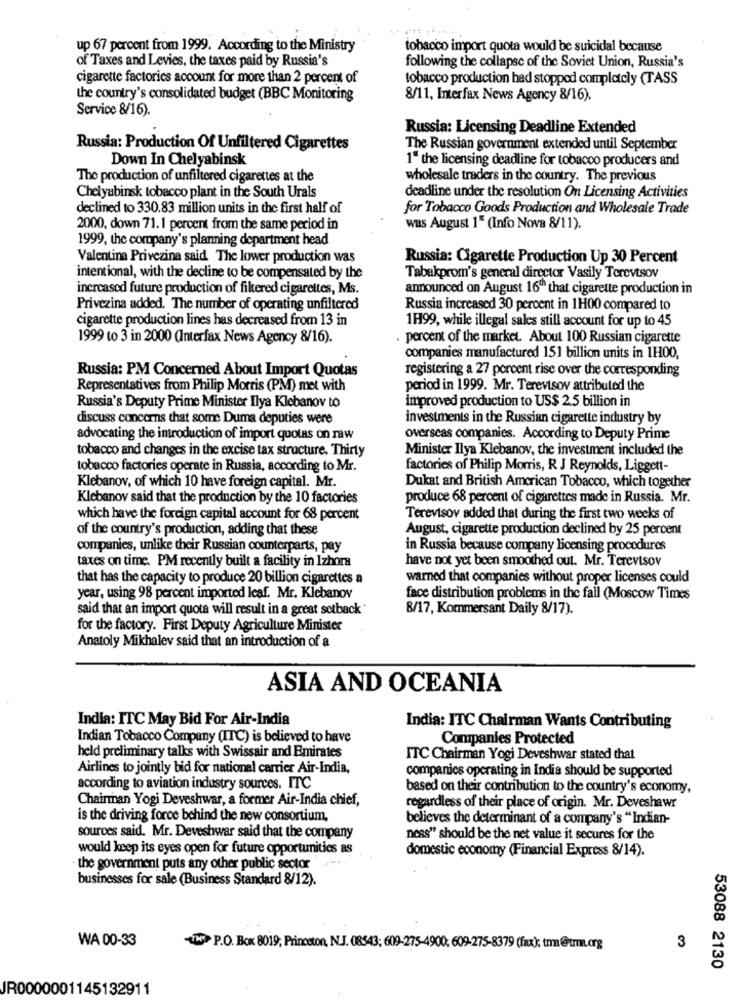
up 67 percent from 1999. According to the Ministry
tobacco import quota would be suicidal because
of Taxes and Levies, the taxes paid by Russia's
following the collapse of the Soviet Union, Russia's
cigarette factories account for more than 2 percent of
tobacco production bad stopped completely (TASS
the country's consolidated budget (BBC Monitoring
8/11, Interfax News Agency 8/16).
Service 8/16).
Russia: Licensing Deadline Extended
Russia: Production Of Unfiltered Cigarettes
The Russian government extended until September
Down In Chelyabinsk
1" the licensing deadline for tobacco producers and
The production of unfiltered cigarettes at the
wholesale traders in the country. The previous
Chelyabinsk tobacco plant in the South Urals
deadline under the resolution On Licensing Activities
declined to 330.83 million units in the first half of
for Tobacco Goods Production and Wholesale Trade
2000, down 71.1 percent from the same period in
was August 1" (Info Nova 8/11).
1999, the company's planning department head
Valentina Privezina said The lower production was
Russia: Cigarette Production Up 30 Percent
intentional, with the decline to be compensated by the
Tabakprom's general directx Vasily Terevtsov
increased future production of filtered cigarettes, Ms.
announced on August 16" that cigarette production in
Privezina added. The number of operating unfiltered
Russia increased 30 percent in 1H00 compared to
cigarette production lines has decreased from 13 in
1H99, while illegal sales still account for up to 45
1999 to 3 in 2000 (Interfax News Agency 8/16).
. percent of the market. About 100 Russian cigarette
companies manufactured 151 billion units in 1H00,
Russia: PM Concerned About Import Quotas
registering a 27 porcent rise over the corresponding
Representatives from Philip Morris (PM) met with
period in 1999. Mr. Terevtsov attributed the
Russia's Deputy Prime Minister Ilya Klebanov to
improved production to US$ 2.5 billion in
discuss concerns that some Duma deputies were
investments in the Russian cigarette industry by
advocating the introduction of import quotas on raw
overseas companies. According to Deputy Prime
tobacco and changes in the excise tax structure. Thirty
Minister Ilya Klebanov, the investment included the
tobacco factories operate in Russia, according to Mr.
factories of Philip Morris, R J Reynolds, Liggett-
Klebanov, of which 10 have foreign capital. Mr.
Dukat and British American Tobacco, which together
Klebanov said that the production by the 10 factories
produce 68 percent of cigarettes made in Russia. Mr.
which have the foreign capital account for 68 percent
Terevtsov added that during the first two weeks of
of the country's production, adding that these
August, cigarette production declined by 25 percent
companies, unlike their Russian counterparts, pay
in Russia because company licensing procedures
taxes on time. PM recently built a facility in Izhora
have not yet been smoothed out. Mr. Terevtsov
that has the capacity to produce 20 billion cigarettes a
warned that companies without proper licenses could
year, using 98 percent imported leaf. Mr. Klebanov
face distribution problems in the fall (Moscow Times
said that an import quota will result in a great setback*
8/17, Kommersant Daily 8/17).
for the factory. First Deputy Agriculture Minister
Anatoly Mikhalev said that an introduction of a
ASIA AND OCEANIA
India: ITC May Bid For Air-India
India: ITC Chairman Wants Contributing
Indian Tobacco Company (ITC) is believed to have
Companies Protected
held preliminary talks with Swissair and Emirates
ITC Chairman Yogi Deveshwar stated that
Airlines to jointly bid for national carrier Air-India,
companies operating in India should be supported
according to aviation industry sources. ITC
based on their contribution to the country's economy,
Chairman Yogi Deveshwar, a former Air-India chief,
regardless of their place of origin. Mr. Deveshawr
is the driving force behind the new consortium,
believes the determinant of a company's "Indian-
sources said. Mr. Deveshwar said that the company
ness" should be the net value it secures for the
would keep its eyes open for future opportunities as
domestic economy (Financial Express 8/14).
- the government puts any other public sector
businesses for sale (Business Standard 8/12).
WA 00-33
TH P.O. Box 8019; Princeton, N.J. 08543; 609-275-4900, 609-275-8379 (fax): tma@tm.org
3
53088 2130
JR0000001145132911